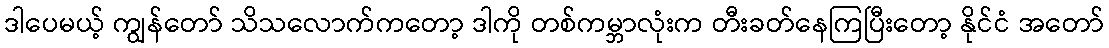
ဒါပေမယ့် ကျွန်တော် သိသလောက်ကတော့ ဒါကို တစ်ကမ္ဘာလုံးက တီးခတ်နေကြပြီးတော့ နိုင်ငံ အတော်